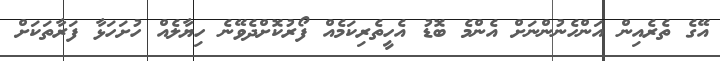
އޭގެ ތެރެއިން އަންހެނުންނަށް އެންމެ ބޮޑު އެހީތެރިކަމެއް ފޯރުކޮށްދެވޭނެ ހިޔާލެއް ހުށަހަޅާ ފަރާތަކަށް